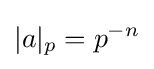
|a|_{p}=p^{-n}